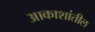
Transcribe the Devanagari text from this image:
आकाशांतील